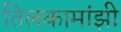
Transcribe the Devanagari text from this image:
तिलकामांझी